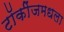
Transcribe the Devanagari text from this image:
टॉकींजमधला